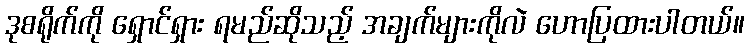
ဒုစရိုက်ကို ရှောင်ရှား ရမည်ဆိုသည့် အချက်များကိုလဲ ဟောပြထားပါတယ်။